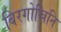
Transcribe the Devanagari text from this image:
बिरगोस्रिनि